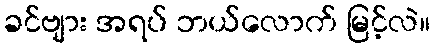
ခင်ဗျား အရပ် ဘယ်လောက် မြင့်လဲ။